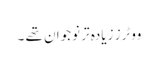
ووٹرز زیادہ تر نوجوان تھے ۔